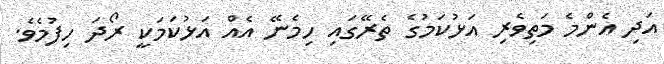
އަދި އެންމެ މަތިވެރި އަޅުކަމުގެ ތެރޭގައި ހިމެނޭ އެއް އަޅުކަމަކީ ރޯދަ ހިފުމެވެ.